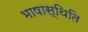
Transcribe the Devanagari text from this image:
भाषास्थिति